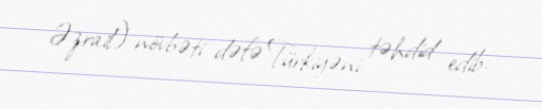
Əzrail) növbəti dəfə Türkiyəni təhdid edib.